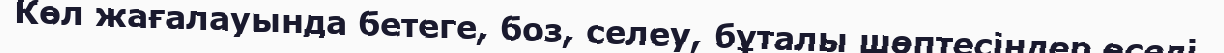
Көл жағалауында бетеге, боз, селеу, бұталы шөптесіндер өседі.